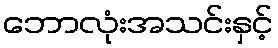
ဘောလုံးအသင်းနှင့်